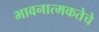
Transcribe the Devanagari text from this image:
भावनात्मकतेचे